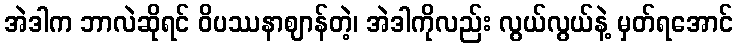
အဲဒါက ဘာလဲဆိုရင် ဝိပဿနာဈာန်တဲ့၊ အဲဒါကိုလည်း လွယ်လွယ်နဲ့ မှတ်ရအောင်